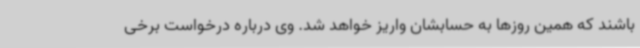
باشند که همین روزها به حسابشان واریز خواهد شد. وی درباره درخواست برخی